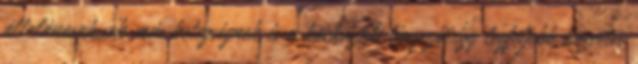
általánosak,sok más betegségnek is a kockázati tényezői,így legfeljebb közvetve